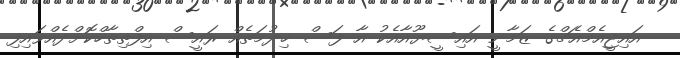
އައިޖީއެމްއެޗްގެ ޒަމާނީ އައިސީޔޫއާއެކު އާ ފަސް ޚިދުމަތެއް ރައީސް އިފްތިތާހްކޮށްދެއްވައިފި